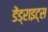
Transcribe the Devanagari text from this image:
डेंड्राइट्स